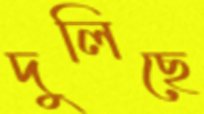
দুলিছে